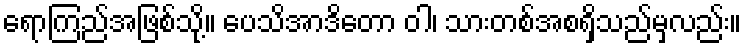
ရောကြည်အဖြစ်သို့။ ပေသိအာဒိတော ဝါ၊ သားတစ်အစရှိသည်မှလည်း။